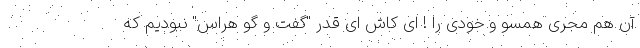
آن هم مجری همسو و خودی را ! ای کاش ای قدر "گفت و گو هراس" نبودیم که